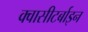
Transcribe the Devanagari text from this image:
क्वासीटर्बाइन